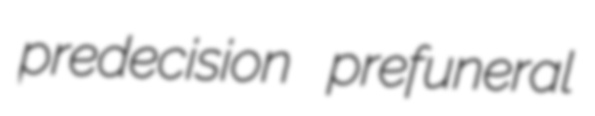
predecision prefuneral